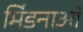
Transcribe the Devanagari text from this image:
मिंडनाओ